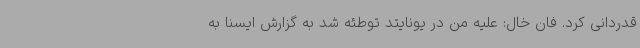
قدردانی کرد. فان خال: علیه من در یونایتد توطئه شد به گزارش ایسنا به